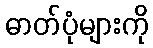
ဓာတ်ပုံများကို